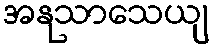
အနုသာသေယျ